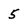
Character: 5